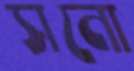
সনো